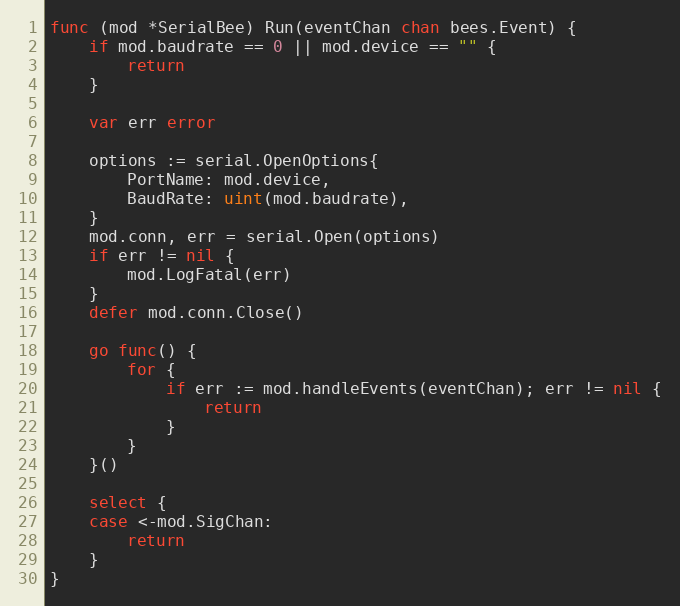
Language: Go
func (mod *SerialBee) Run(eventChan chan bees.Event) {
	if mod.baudrate == 0 || mod.device == "" {
		return
	}

	var err error

	options := serial.OpenOptions{
		PortName: mod.device,
		BaudRate: uint(mod.baudrate),
	}
	mod.conn, err = serial.Open(options)
	if err != nil {
		mod.LogFatal(err)
	}
	defer mod.conn.Close()

	go func() {
		for {
			if err := mod.handleEvents(eventChan); err != nil {
				return
			}
		}
	}()

	select {
	case <-mod.SigChan:
		return
	}
}